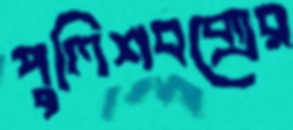
পুলিশবক্সের